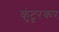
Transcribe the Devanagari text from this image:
कुंटूरकर